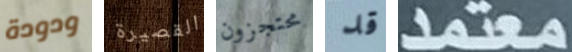
ودودة القصيرة محتجزون قد معتمد